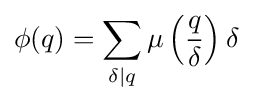
\phi (q)=\sum _{\delta \mid q}\mu \left({\frac {q}{\delta }}\right)\delta